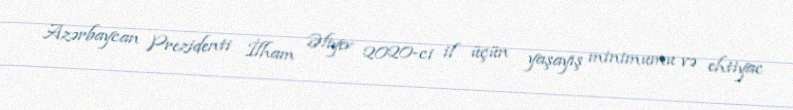
Azərbaycan Prezidenti İlham Əliyev 2020-ci il üçün yaşayış minimumu və ehtiyac